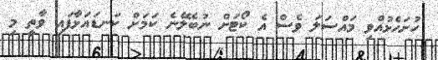
ހުށަހެޅުއްވި މައްސަލަ ވެސް އެ ކޯޓަށް ނުބެލޭނެ ކަމަށް ކަނޑައަޅާފައި ވާތީ މި